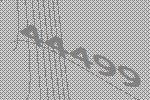
44499